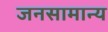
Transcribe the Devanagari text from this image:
जनसामान्‍य